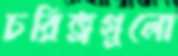
চরিত্রগুলো